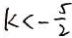
k < - \frac { 5 } { 2 }